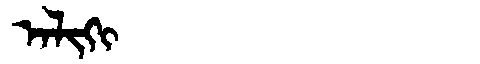
Manchu: ᠠᠯᡳᡴᡳ
Romanization: ALIKI